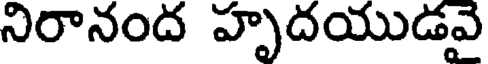
నిరానంద హృదయుడవై